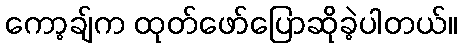
ကော့ချ်က ထုတ်ဖော်ပြောဆိုခဲ့ပါတယ်။